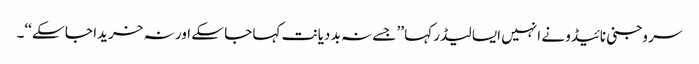
سر وجنی نائیڈو نے انہیں ایسا لیڈر کہا ’’ جسے نہ بد دیانت کہا جا سکے اور نہ خریدا جا سکے ‘‘۔